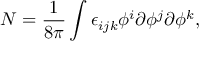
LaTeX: N = \frac { 1 } { 8 \pi } \int \epsilon _ { i j k } \phi ^ { i } \partial \phi ^ { j } \partial \phi ^ { k } ,